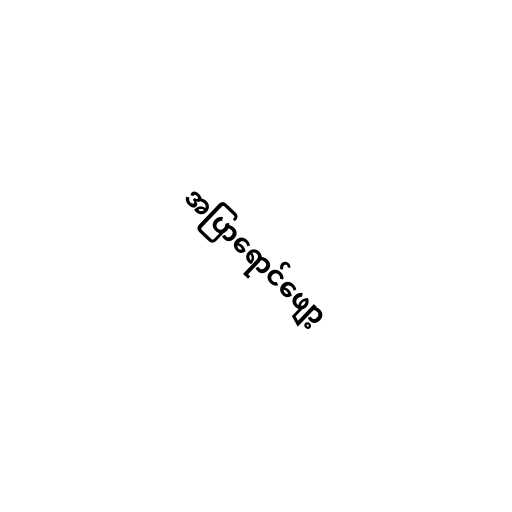
အပြာရောင်ဖျော့